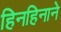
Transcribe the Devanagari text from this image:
हिनहिनाने